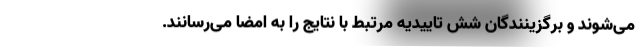
می‌شوند و برگزینندگان شش تاییدیه مرتبط با نتایج را به امضا می‌رسانند.